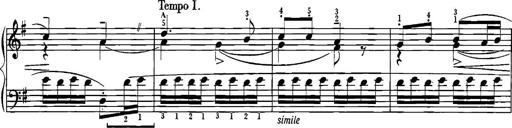
Title: Sonatina for Piano
Composer: BÃ©la BartÃ³k